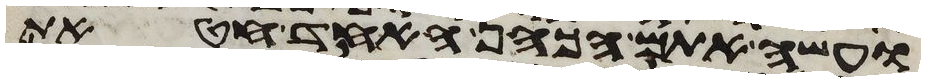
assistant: ועשה אתם הכהן אחד חטאת